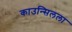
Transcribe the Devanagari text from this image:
काउन्सिलला